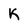
Character: K